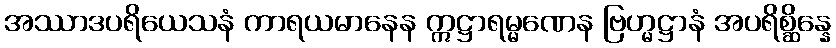
အဿာဒပရိယေသနံ ကာရယမာနေန ဣဋ္ဌာရမ္မဏေန ဗြဟ္မဋ္ဌာနံ အပရိစ္ဆိန္နေ